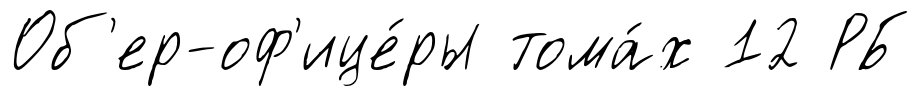
Об'ер-оф'ице́ры тома́х 12 РБ